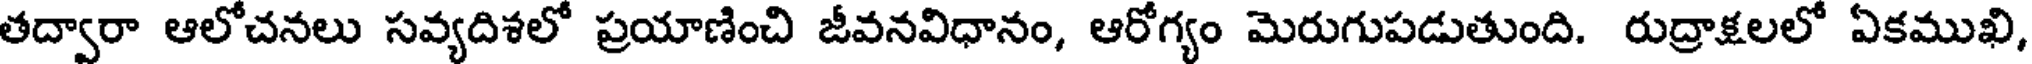
తద్వారా ఆలోచనలు సవ్యదిశలో ప్రయాణించి జీవనవిధానం, ఆరోగ్యం మెరుగుపడుతుంది. రుద్రాక్షలలో ఏకముఖి,